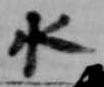
水